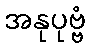
အနုပုဗ္ဗံ